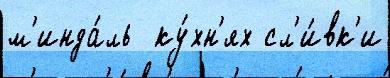
м'инда́ль  ку́хн'ях сл'и́вк'и